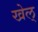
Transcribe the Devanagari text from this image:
खेल्